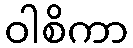
ဝါစိကာ